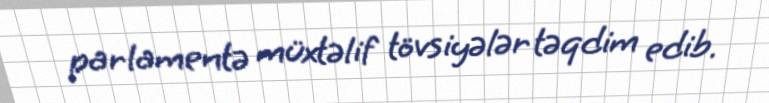
parlamentə müxtəlif tövsiyələr təqdim edib.